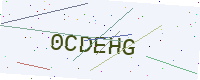
Text: 0CDEHG